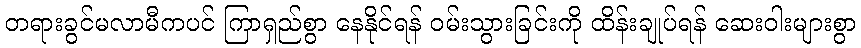
တရားခွင်မလာမီကပင် ကြာရှည်စွာ နေနိုင်ရန် ဝမ်းသွားခြင်းကို ထိန်းချုပ်ရန် ဆေးဝါးများစွာ